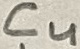
Text: C4